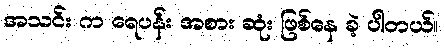
အသင်း က ရေပန်း အစား ဆုံး ဖြစ်နေ ခဲ့ ပါတယ်။